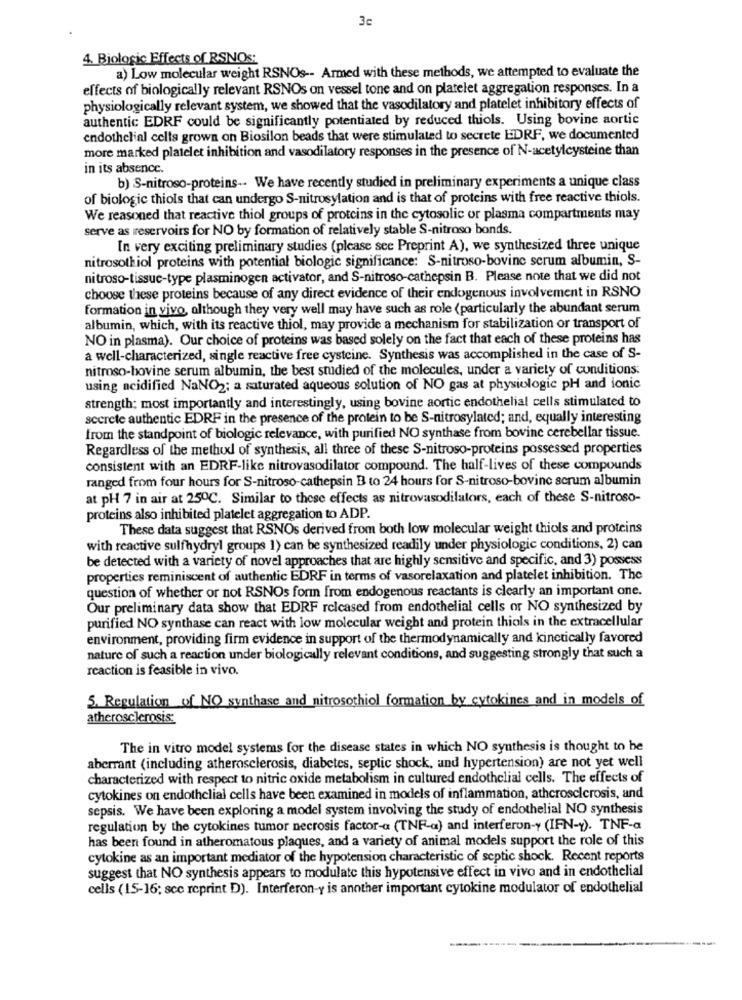
3c
4. Biologic Effects of RSNOs:
a) Low molecular weight RSNOs -- Armed with these methods, we attempted to evaluate the
effects of biologically relevant RSNOs on vessel tone and on platelet aggregation responses. In a
physiologically relevant system, we showed that the vasodilatory and platelet inhibitory effects of
authentic EDRF could be significantly potentiated by reduced thiols. Using bovine aortic
endothelial cells grown on Biosilon beads that were stimulated to secrete EDRF, we documented
more marked platelet inhibition and vasodilatory responses in the presence of N-acetylcysteine than
in its absence.
b) S-nitroso-proteins -- We have recently studied in preliminary experiments a unique class
of biologic thiols that can undergo S-nitrosylation and is that of proteins with free reactive thiols.
We reasoned that reactive thiol groups of proteins in the cytosolic or plasma compartments may
serve as reservoirs for NO by formation of relatively stable S-nitroso bonds.
In very exciting preliminary studies (please see Preprint A), we synthesized three unique
nitrosothiol proteins with potential biologic significance: S-nitroso-bovine serum albumin, S-
nitroso-tissuc-type plasminogen activator, and S-nitroso-cathepsin B. Please note that we did not
choose these proteins because of any direct evidence of their endogenous involvement in RSNO
formation in vivo, although they very well may have such as role (particularly the abundant serum
albumin, which, with its reactive thiol, may provide a mechanism for stabilization or transport of
NO in plasma). Our choice of proteins was based solely on the fact that each of these proteins has
a well-characterized, single reactive free cysteine. Synthesis was accomplished in the case of S-
nitroso-bovine serum albumin, the best studied of the molecules, under a variety of conditions:
using acidified NaNO2; a saturated aqueous solution of NO gas at physiologic pH and ionic
strength; most importantly and interestingly, using bovine aortic endothelial cells stimulated to
scerete authentic EDRF in the presence of the protein to be S-nitrosylated; and, equally interesting
from the standpoint of biologic relevance, with purified NO synthase from bovine cerebellar tissue.
Regardless of the method of synthesis, all three of these S-nitroso-proteins possessed properties
consistent with an EDRF-like nitrovasodilator compound. The half-lives of these compounds
ranged from four hours for S-nitroso-cathepsin B to 24 hours for S-nitroso-bovine serum albumin
at pH 7 in air at 250℃. Similar to these effects as nitrovasodilators, each of these S-nitroso-
proteins also inhibited platelet aggregation to ADP.
These data suggest that RSNOs derived from both low molecular weight thiols and proteins
with reactive sulfhydryl groups 1) can be synthesized readily under physiologic conditions, 2) can
be detected with a variety of novel approaches that are highly sensitive and specific, and 3) possess
properties reminiscent of authentic EDRF in terms of vasorelaxation and platelet inhibition. The
question of whether or not RSNOs form from endogenous reactants is clearly an important one.
Our preliminary data show that EDRF released from endothelial cells or NO synthesized by
purified NO synthase can react with low molecular weight and protein thiols in the extracellular
environment, providing firm evidence in support of the thermodynamically and kinetically favored
nature of such a reaction under biologically relevant conditions, and suggesting strongly that such a
reaction is feasible in vivo.
5. Regulation of_NO_synthase and nitrosothiol formation by cytokines and in models of
atherosclerosis:
The in vitro model systems for the disease states in which NO synthesis is thought to he
aberrant (including atherosclerosis, diabetes, septic shock, and hypertension) are not yet well
characterized with respect to nitric oxide metabolism in cultured endothelial cells. The effects of
cytokines on endothelial cells have been examined in models of inflammation, atherosclerosis, and
sepsis. We have been exploring a model system involving the study of endothelial NO synthesis
regulation by the cytokines tumor necrosis factor-a (TNF-a) and interferon-y (IFN-Y). TNF-a
has been found in atheromatous plaques, and a variety of animal models support the role of this
cytokine as an important mediator of the hypotension characteristic of septic shock. Recent reports
suggest that NO synthesis appears to modulate this hypotensive effect in vivo and in endothelial
cells (15-16; sce reprint D). Interferon-y is another important cytokine modulator of endothelial